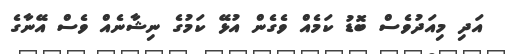
އަދި މިއަދުވެސް ބޮޑު ކަމެއް ވެގެން އުޅޭ ކަމުގެ ނިޝާނެއް ވެސް އޭނާގެ